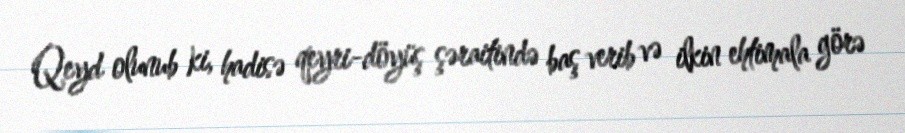
Qeyd olunub ki, hadisə qeyri-döyüş şəraitində baş verib və ilkin ehtimala görə